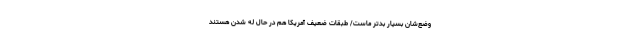
وضع‌شان بسیار بدتر ماست/ طبقات ضعیف آمریکا هم در حال له شدن هستند